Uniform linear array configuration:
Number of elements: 4
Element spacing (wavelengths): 0.25
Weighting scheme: exponential
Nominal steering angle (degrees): -60
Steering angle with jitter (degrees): -58.917
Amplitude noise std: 0.05
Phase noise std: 0.05

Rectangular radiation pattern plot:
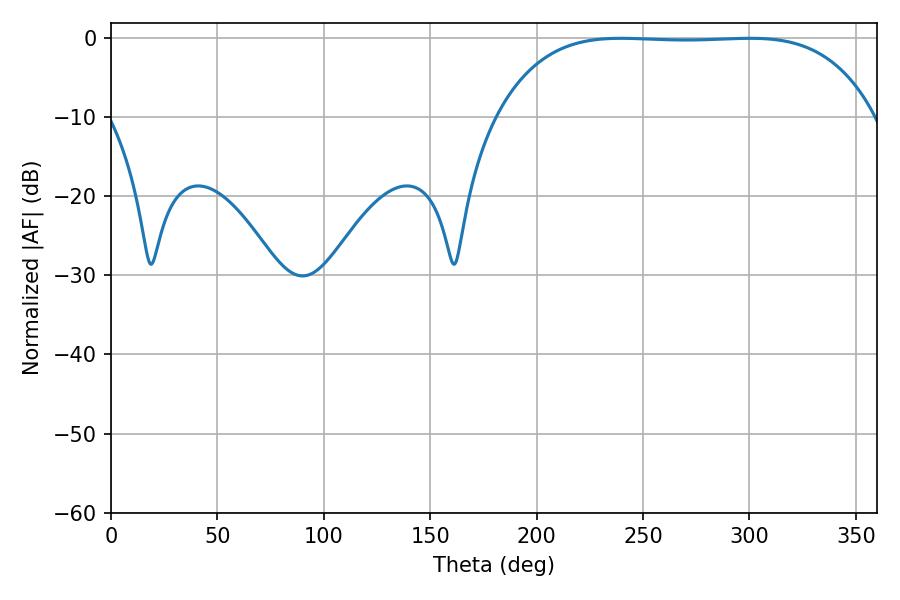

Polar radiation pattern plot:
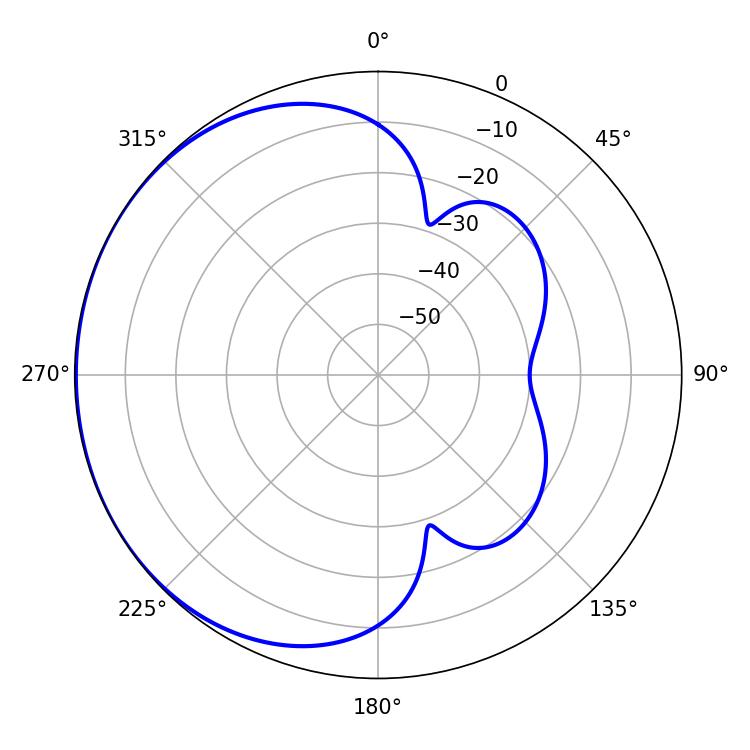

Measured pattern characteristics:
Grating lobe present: FALSE
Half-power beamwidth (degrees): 137.52
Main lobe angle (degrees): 239.58